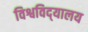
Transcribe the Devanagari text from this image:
विश्वविद्‌यालय